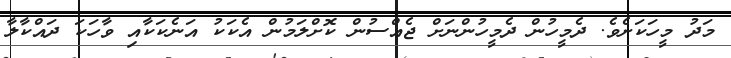
މަދު މީހަކަށެވެ. ދެމީހުން ދެމީހުންނަށް ޖެއްސުން ކޮށްލަމުން އެކަކު އަނެކަކާއި ވާހަކަ ދައްކާލާ